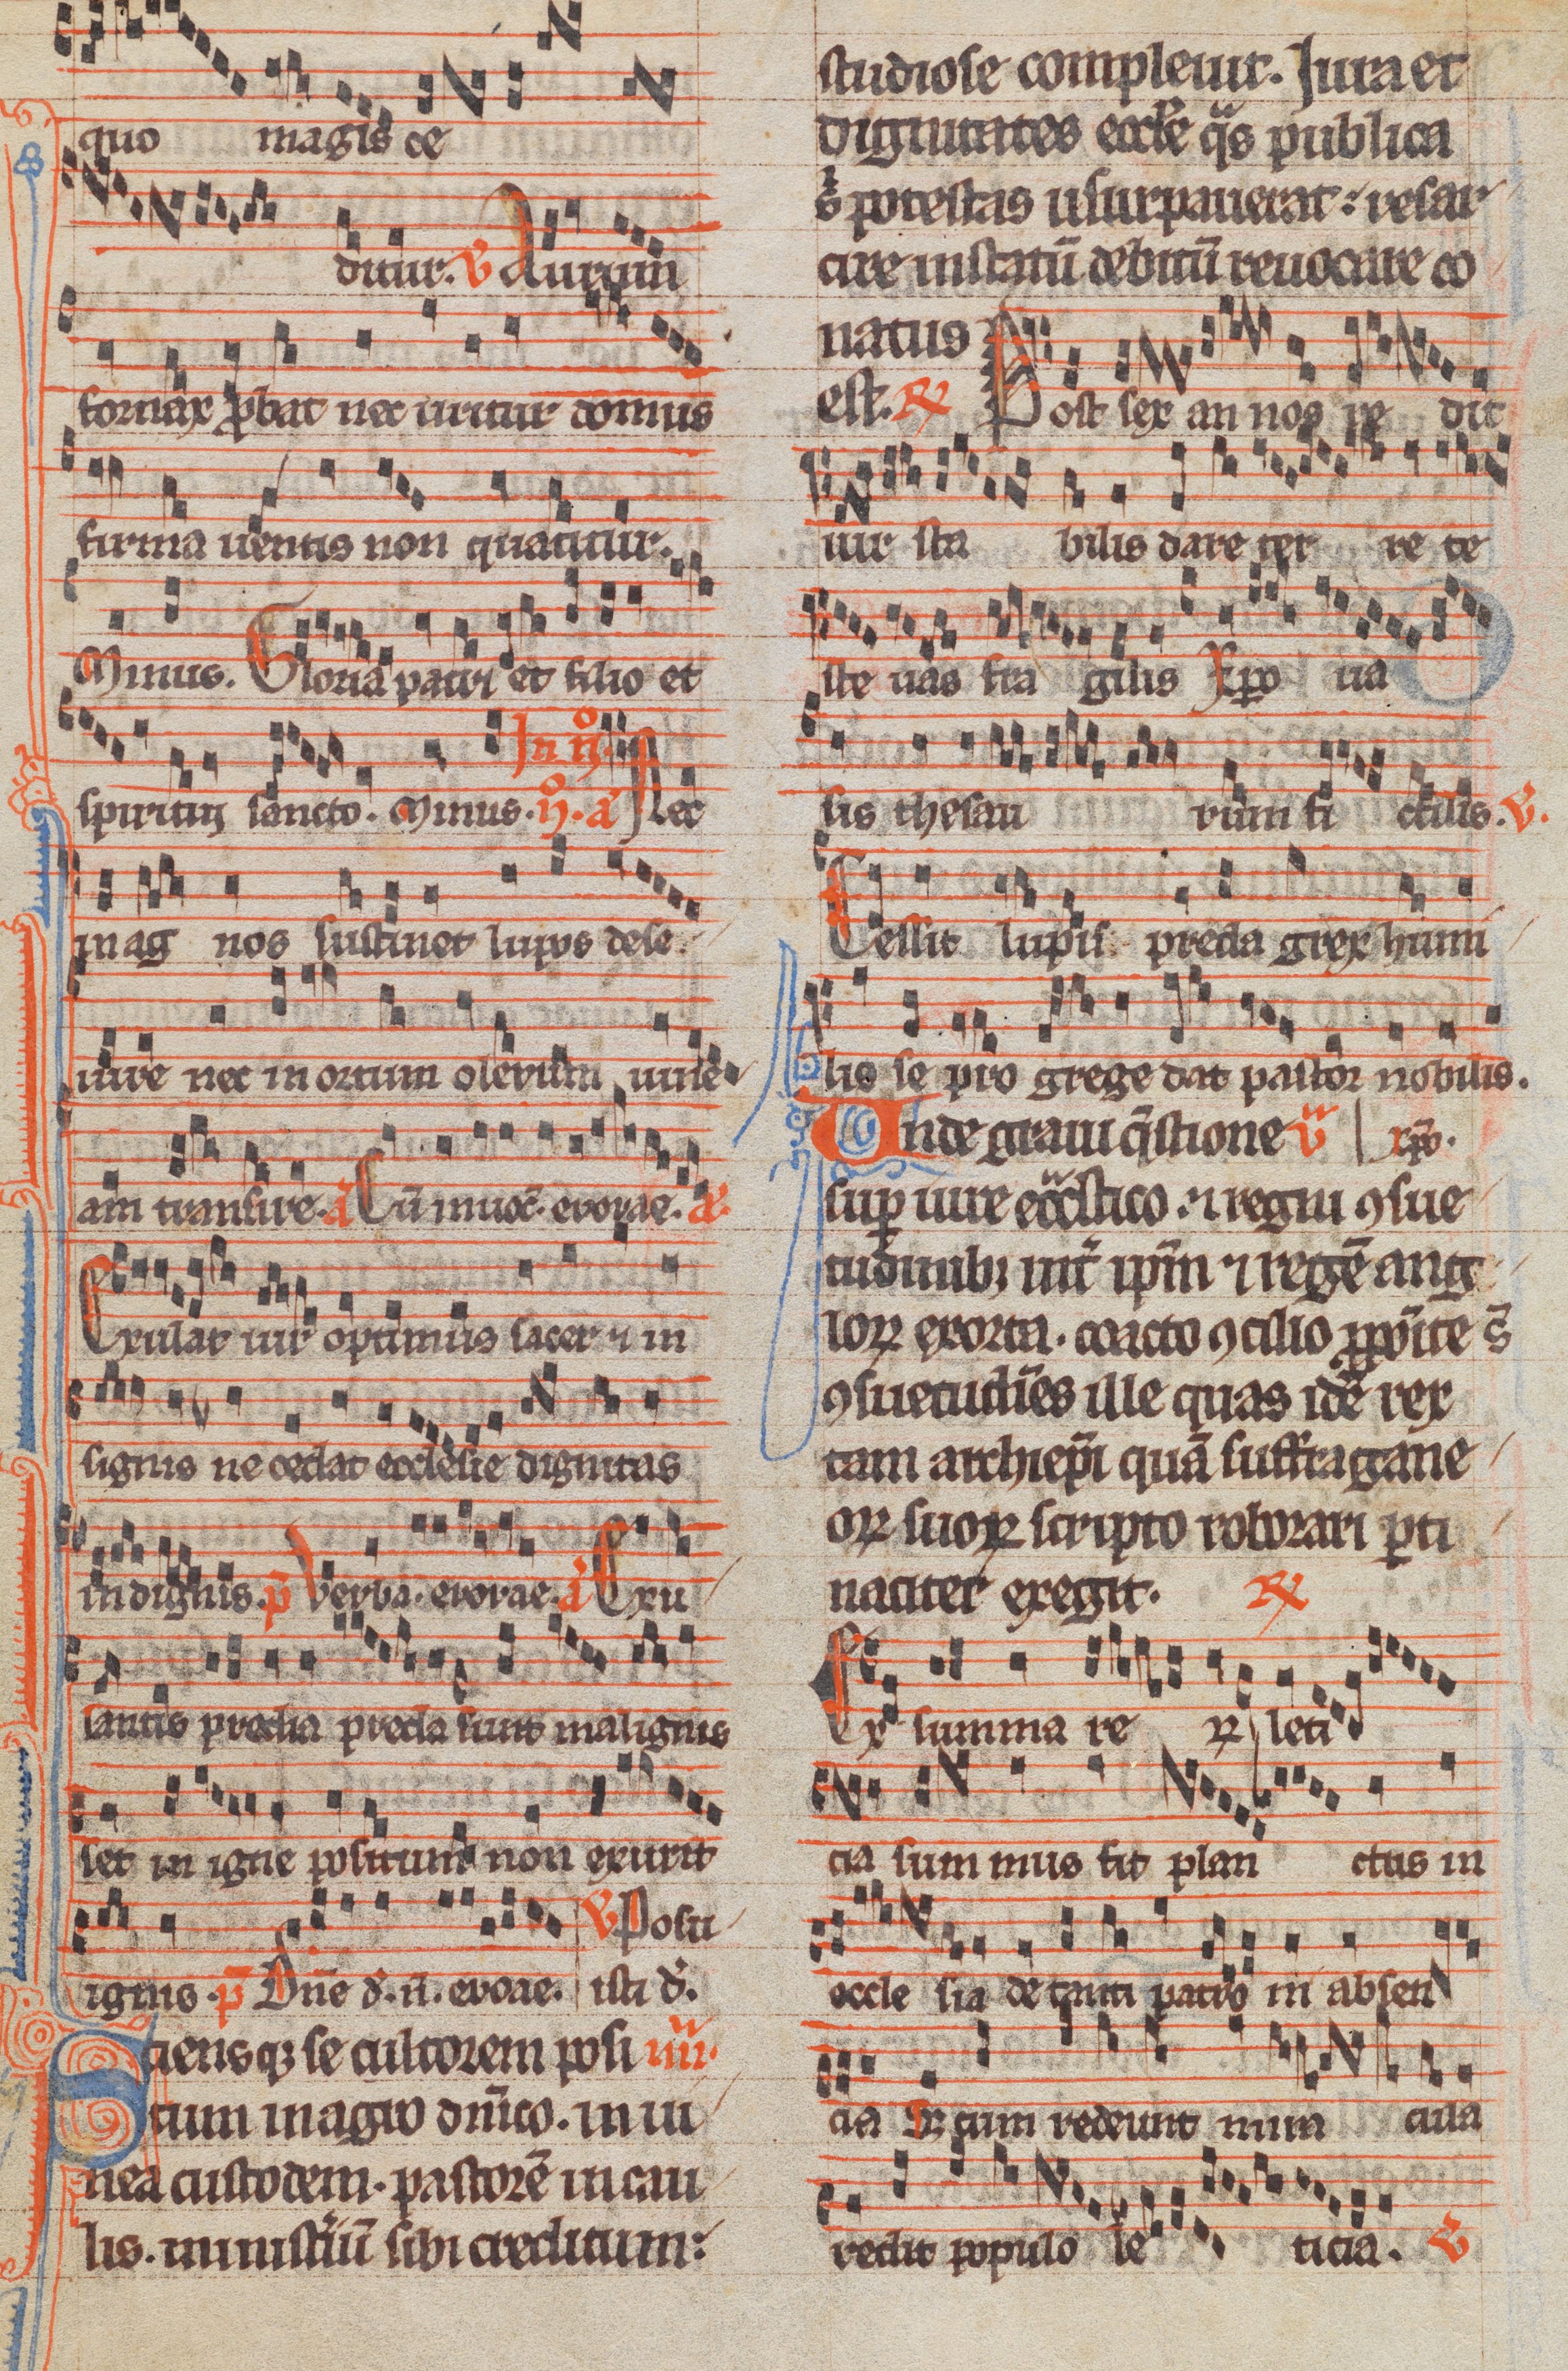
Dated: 1285–1315